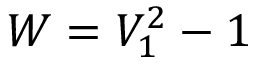
W = V _ { 1 } ^ { 2 } - 1